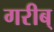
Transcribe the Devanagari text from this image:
गरीब्